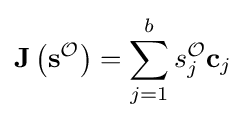
\mathbf {J} \left(\mathbf {s} ^{\mathcal {O}}\right)=\sum _{j=1}^{b}s_{j}^{\mathcal {O}}\mathbf {c} _{j}